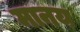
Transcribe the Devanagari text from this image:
मानय